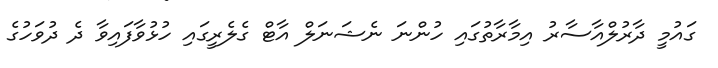
ގައުމީ ދާރުލްއާސާރު އިމާރާތުގައި ހުންނަ ނެޝަނަލް އާޓް ގެލެރީގައި ހުޅުވާފައިވާ ދެ ދުވަހުގެ